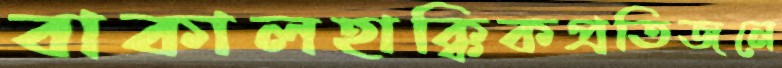
বাকালহাক্কিকপ্রতিজনে